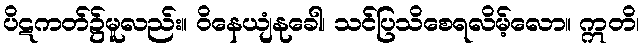
ပိဋကတ်၌မူလည်း။ ဝိနေယျံနုခေါ၊ သင်ပြသိစေရလိမ့်လော။ ဣတိ၊